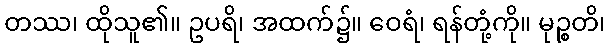
တဿ၊ ထိုသူ၏။ ဥပရိ၊ အထက်၌။ ဝေရံ၊ ရန်တုံ့ကို။ မုဉ္စတိ၊